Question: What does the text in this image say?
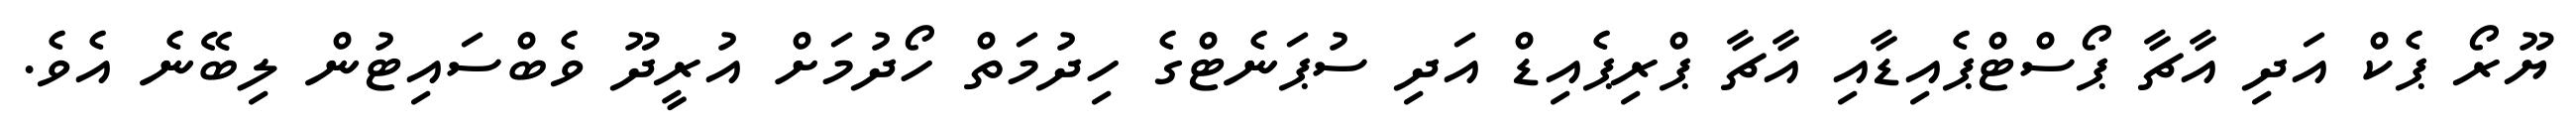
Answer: ޔޫރޯ ޕެކް އަދި އާޗާ ޕޯސްޓްޕެއިޑާއި އާޗާ ޕްރިޕެއިޑް އަދި ސުޕަނެޓްގެ ހިދުމަތް ހޯދުމަށް އުރީދޫ ވެބްސައިޓުން ލިބޭނެ އެވެ.